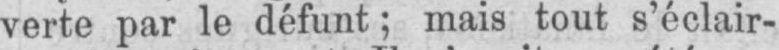
verte par le défunt; mais tout s’éclair-